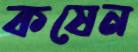
কষেন